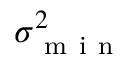
\sigma _ { \mathrm { ~ m ~ i ~ n ~ } } ^ { 2 }